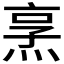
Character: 𪸿